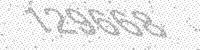
Solution: 129668